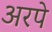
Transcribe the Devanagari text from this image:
अरपे